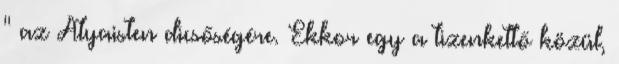
'' az Atyaisten dicsőségére. Ekkor egy a tizenkettő közül,